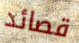
قصائد